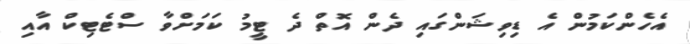
އެހެންކަމުން އެ ޑިވިޝަންގައި ދެން އޮތް ދެ ޓީމު ކަމަށްވާ ސްޓެޓިކް އާއި